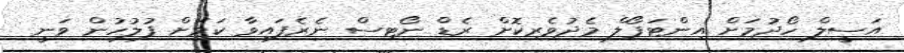
އަސީލް ހޯދުމަށް އިންޓަޕޯލް މެދުވެރިކޮށް ރެޑް ނޯޓިސް ނެރެފައިވާ ކަމަށް ފުލުހުން ވަނީ